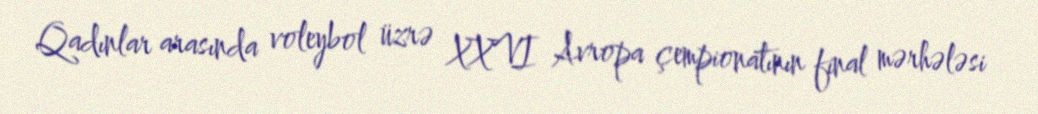
Qadınlar arasında voleybol üzrə XXVI Avropa çempionatının final mərhələsi